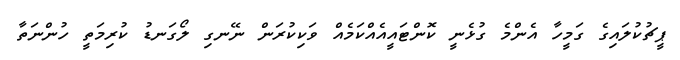
ޕީޗުކުލައިގެ ގަމީހާ އެންމެ ގުޅެނީ ކޮންޓައީއެއްކަމެއް ވަކިކުރަން ނޭނގި ލޯގަނޑު ކުރިމަތީ ހުންނަތާ